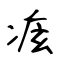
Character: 痃